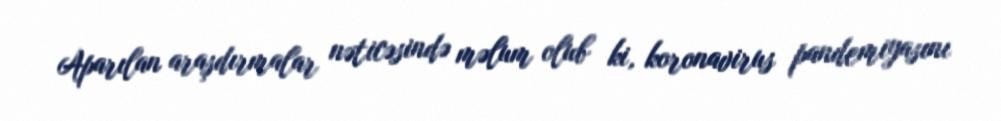
Aparılan araşdırmalar nəticəsində məlum olub ki, koronavirus pandemiyasını